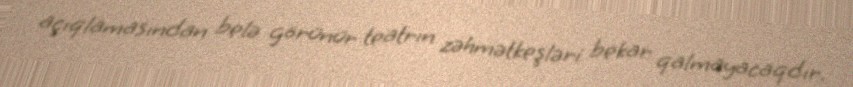
açıqlamasından belə görünür teatrın zəhmətkeşləri bekar qalmayacaqdır.